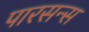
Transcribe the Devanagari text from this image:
पारसन्स